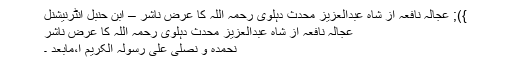
}); عجالہ نافعہ از شاہ عبدالعزیز محدث دہلوی رحمہ اللہ کا عرض ناشر – ابن حنبل انٹرنیشنل
عجالہ نافعہ از شاہ عبدالعزیز محدث دہلوی رحمہ اللہ کا عرض ناشر
نحمدہ و نصلی علی رسولہ الکریم ا،مابعد ۔